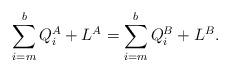
LaTeX: \begin{align*}\sum_{i=m}^b Q_i^A +L^A= \sum_{i=m}^b Q_i^B +L^B.\end{align*}